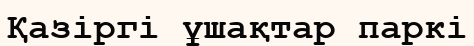
Қазіргі ұшақтар паркі